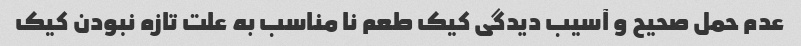
عدم حمل صحیح و آسیب دیدگی کیک طعم نا مناسب به علت تازه نبودن کیک